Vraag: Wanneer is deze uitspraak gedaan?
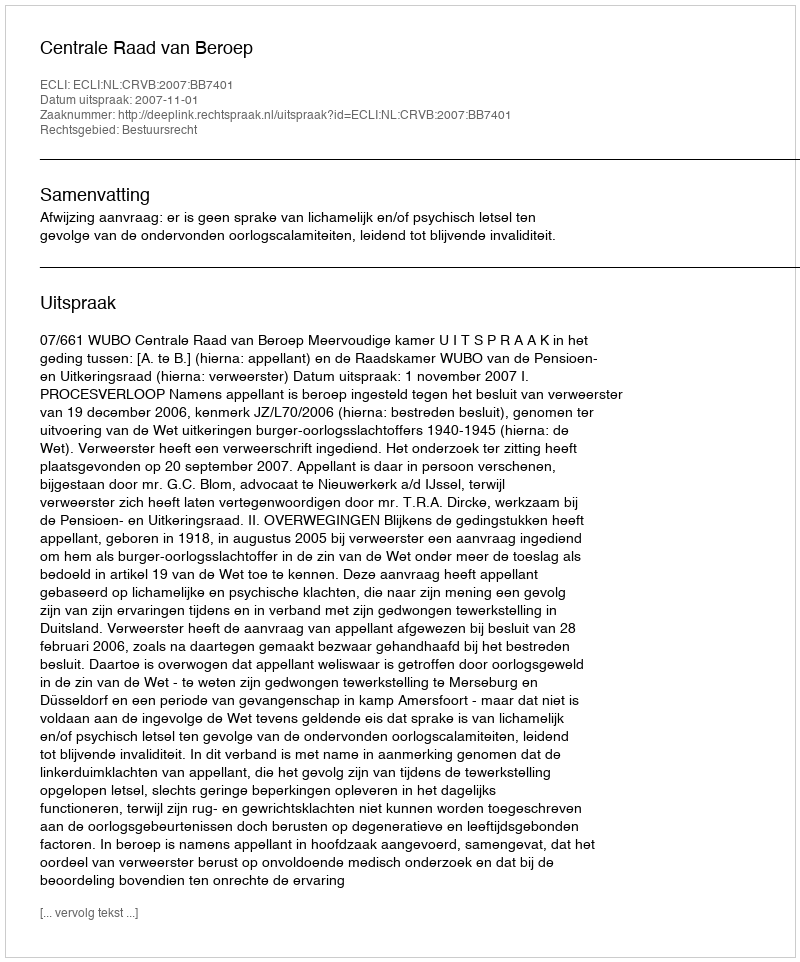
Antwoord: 2007-11-01